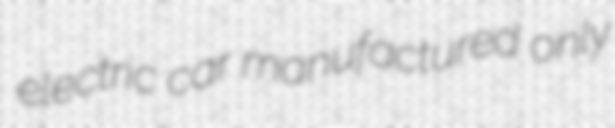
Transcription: electric car manufactured only